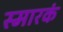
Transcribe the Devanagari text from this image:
स्मारकं